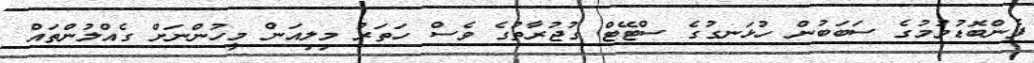
ފެންބޮޑުވުމުގެ ސަބަބުން ހުޅަނގުގެ ސްޓޭޓް ގުޖުރާތުގެ ވެސް ހަތަރު މިލިއަން މީހުންނަށް ގެއްލުންތައް